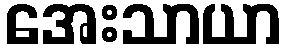
အေးသာယာ